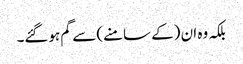
بلکہ وہ ان (کے سامنے) سے گم ہوگئے۔